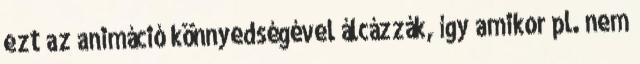
ezt az animáció könnyedségével álcázzák, így amikor pl. nem